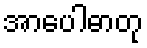
အာပေါဓာတု